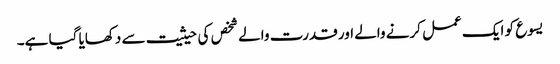
یسوع کو ایک عمل کرنے والے اور قدرت والے شخص کی حیثیت سے دکھایا گیا ہے۔